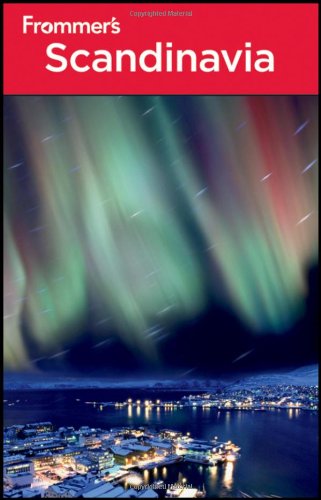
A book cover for Frommer's Scandinavia (Frommer's Complete Guides); Darwin Porter; Travel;